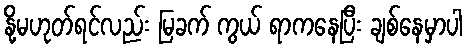
နို့မဟုတ်ရင်လည်း မြခက် ကွယ် ရာကနေပြီး ချစ်နေမှာပါ